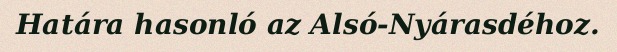
Határa hasonló az Alsó-Nyárasdéhoz.